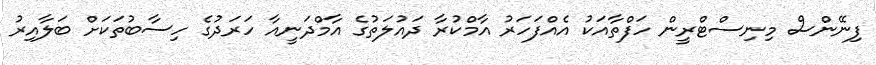
ފިނޭންސް މިނިސްޓްރީން ހަފްތާއަކު އެއްފަހަރު އާމްކުރާ ދައުލަތުގެ އާމްދަނީއާ ހަރަދުގެ ހިސާބުތަކަށް ބަލާއިރު